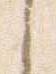
之